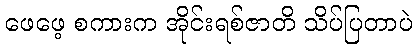
ဖေဖေ့ စကားက အိုင်းရစ်ဇာတိ သိပ်ပြတာပဲ